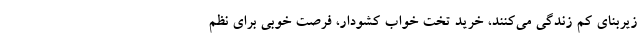
زیربنای کم زندگی می‌کنند، خرید تخت خواب کشودار، فرصت خوبی برای نظم